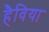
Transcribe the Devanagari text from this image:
हैविया